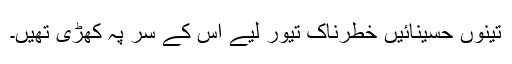
تینوں حسینائیں خطرناک تیور لیے اس کے سر پہ کھڑی تھیں۔